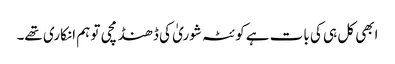
ابھی کل ہی کی بات ہے کوئٹہ شوریٰ کی ڈھنڈ مچی تو ہم انکاری تھے۔